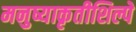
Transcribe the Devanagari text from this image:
मनुष्याकृतीशिल्पे